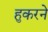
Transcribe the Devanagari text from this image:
हुकरने